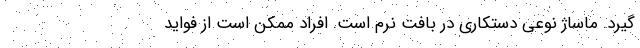
گیرد. ماساژ نوعی دستکاری در بافت نرم است. افراد ممکن است از فواید